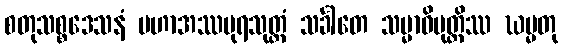
စတုသစ္စဒေသနံ မဟာအဿပုရသုတ္တံ သင်္ခါတေ သမ္မာဝိမုတ္တိဿ ဃမ္မတု